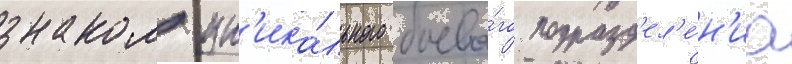
знаком ун'ика́льного боево́го подразд'ел'е́н'иа